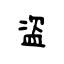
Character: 盗